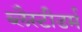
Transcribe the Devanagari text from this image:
ब्लैस्टीडर्म